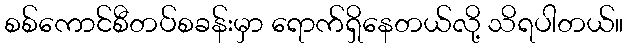
စစ်ကောင်စီတပ်စခန်းမှာ ရောက်ရှိနေတယ်လို့ သိရပါတယ်။